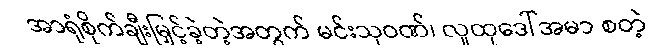
အာရုံစိုက်ချီးမြှင့်ခဲ့တဲ့အတွက် မင်းသုဝဏ်၊ လူထုဒေါ်အမာ စတဲ့